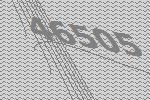
46505